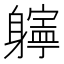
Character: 𨊎